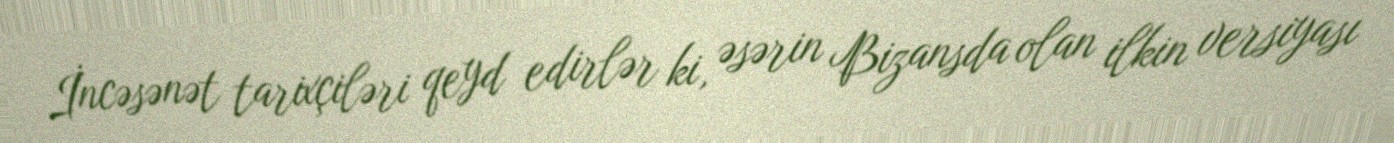
İncəsənət tarixçiləri qeyd edirlər ki, əsərin Bizansda olan ilkin versiyası